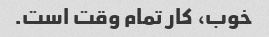
خوب، کار تمام وقت است.